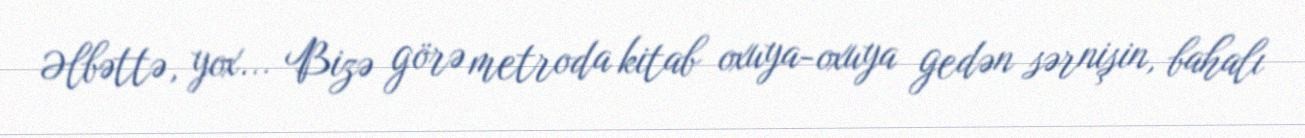
Əlbəttə, yox... Bizə görə metroda kitab oxuya-oxuya gedən sərnişin, bahalı